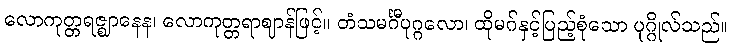
လောကုတ္တရဇ္ဈာနေန၊ လောကုတ္တရာဈာန်ဖြင့်။ တံသမင်္ဂီပုဂ္ဂလော၊ ထိုမဂ်နှင့်ပြည့်စုံသော ပုဂ္ဂိုလ်သည်။